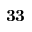
\mathbf { 3 3 }